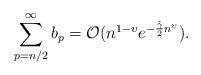
LaTeX: \begin{align*}\sum_{p=n/2}^\infty b_p =\mathcal O(n^{1-\upsilon} e^{-\frac{\tilde\gamma}2 n^{\upsilon}}).\end{align*}